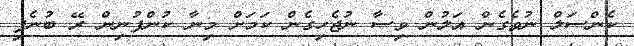
ކެންސަލް ނުވެގެން އަލުން ވިސާ ނުޖެހިގެން ކަމަށް މިނާ ކުންފުނިން ރޭ ބުނެފި